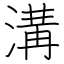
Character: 溝